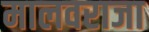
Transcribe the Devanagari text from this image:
मालवराजा